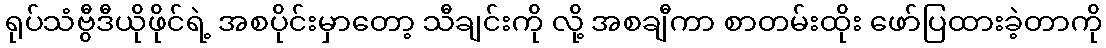
ရုပ်သံဗွီဒီယိုဖိုင်ရဲ့ အစပိုင်းမှာတော့ သီချင်းကို လို့ အစချီကာ စာတမ်းထိုး ဖော်ပြထားခဲ့တာကို